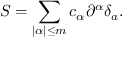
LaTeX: S = \sum _ { | \alpha | \leq m } c _ { \alpha } \partial ^ { \alpha } \delta _ { a } .